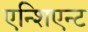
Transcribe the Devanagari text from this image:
एन्शिएन्ट